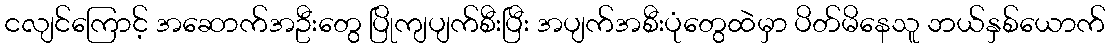
ငလျင်ကြောင့် အဆောက်အဦးတွေ ပြိုကျပျက်စီးပြီး အပျက်အစီးပုံတွေထဲမှာ ပိတ်မိနေသူ ဘယ်နှစ်ယောက်